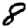
Digit: 8